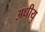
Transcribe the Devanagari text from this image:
अधीयु